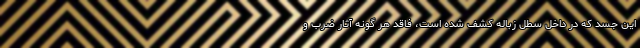
این جسد که در داخل سطل زباله کشف شده است، فاقد هر گونه آثار ضرب و